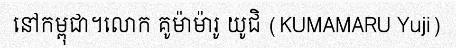
នៅកម្ពុជា។លោក គូម៉ាម៉ារូ យូជិ (KUMAMARU Yuji)